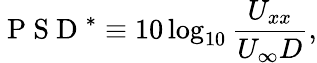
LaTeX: \mathrm{~P~S~D~}^{*}\equiv 10\log_{10}\frac{U_{xx}}{U_{\infty}D},